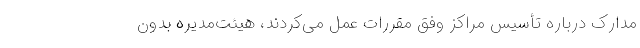
مدارک درباره تأسیس مراکز وفق مقررات عمل می‌‌کردند، هیئت‌مدیره بدون